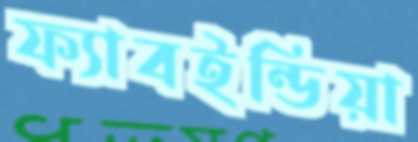
ফ্যাবইন্ডিয়া